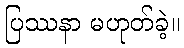
ပြဿနာ မဟုတ်ခဲ့။